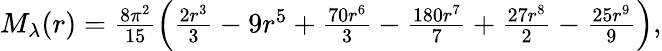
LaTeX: \begin{array}{r}{M_{\lambda}(r)=\frac{8\pi^{2}}{15}\left(\frac{2r^{3}}{3}-9r^{5}+\frac{70r^{6}}{3}-\frac{180r^{7}}{7}+\frac{27r^{8}}{2}-\frac{25r^{9}}{9}\right),}\end{array}